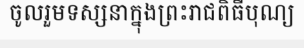
ចូលរួមទស្សនាក្នុងព្រះរាជពិធីបុណ្យ